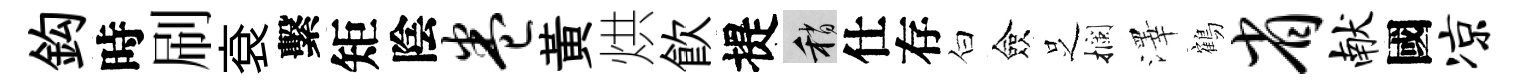
鈎時刷袞繫矩陰卷黃烘飮提稍仕存白僉𠯁攔澤鶴省献國凉